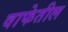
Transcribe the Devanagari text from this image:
वाफेतील